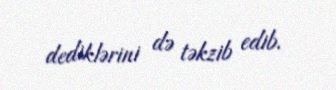
dediklərini də təkzib edib.